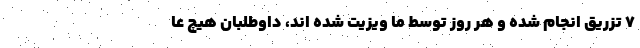
۷ تزریق انجام شده و هر روز توسط ما ویزیت شده اند، داوطلبان هیچ عا